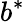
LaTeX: b^{*}